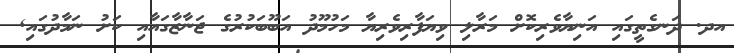
އދ. ދަނގެތީގައި އަނިޔާވެރިކޮށް މަރާލި ވިޔަފާރިވެރިޔާ މަހުމޫދު އަބޫބަކުރުގެ ޖަނާޒާގައާއި ކަށު ނަމާދުގައި